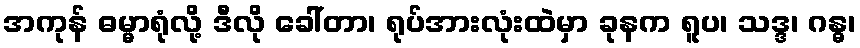
အကုန် ဓမ္မာရုံလို့ ဒီလို ခေါ်တာ၊ ရုပ်အားလုံးထဲမှာ ခုနက ရူပ၊ သဒ္ဒ၊ ဂန္ဓ၊